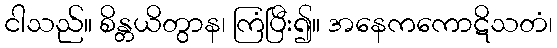
ငါသည်။ စိန္တယိတွာန၊ ကြံပြီး၍။ အနေကကောဋိသတံ၊